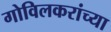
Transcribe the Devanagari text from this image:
गोविलकरांच्या